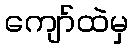
ကျော်ထဲမှ